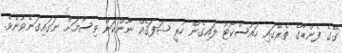
ގޭގެ ފެންޑާގެ ތެރޭގައި ހައުސްކޯޓު ލައިގެން ހުރީ ޝަފަޤެއް ނޫންކަން ވިސާމަށް ނަގައިގަނެވުނެވެ.